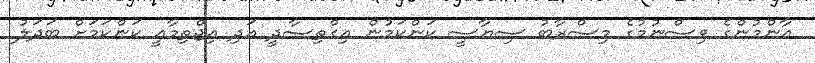
އާންމުންގެ ވިސްނުމުގެ މިސްރާބު ސިޔާސީ ކަންކަމުން އިގްތިސާދީ އަދި އިޖްތިމާއީ ކަންކަމަށް ބަދަލު